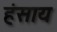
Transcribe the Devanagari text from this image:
हंसाय